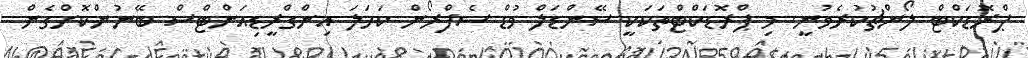
ޕްރޮޑަކްޓް ލޯންޗުކުރެވުނީ. މި ޕްރޮޑަކްޓްތަކަކީ ސޭންޑަލް ވުޑް ސެފްރޯން ކަހަލަ އިންގްރީޑިއަންޓްސް ބޭނުންކޮށްގެން